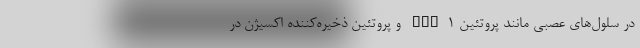
در سلول‌های عصبی مانند پروتئین HIF۱ و پروتئین ذخیره‌کننده اکسیژن در